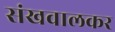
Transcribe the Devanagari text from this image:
संखवालकर